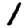
Digit: 1